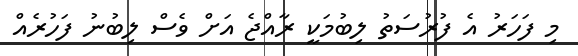
މި ފަހަރު އެ ފުރުސަތު ލިބުމަކީ ރާއްޖެ އަށް ވެސް ލިބުނު ފަހުރެއް